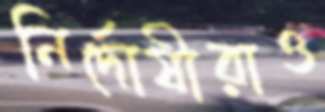
নির্দোষীরাও